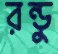
রন্ডু